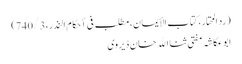
(رد المحتار، کتاب الأیمان، مطلب فی أحکام النذر،740/3)
ابوعکاشہ مفتی ثنا الله خان ڈیروی